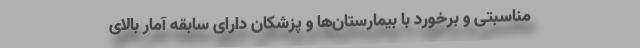
مناسبتی و برخورد با بیمارستان‌ها و پزشکان دارای سابقه آمار بالای